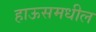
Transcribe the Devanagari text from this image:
हाऊसमधील